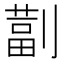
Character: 𫦚